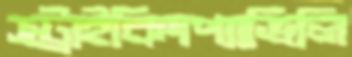
স্ট্রাইকিংপ্যাভিলি